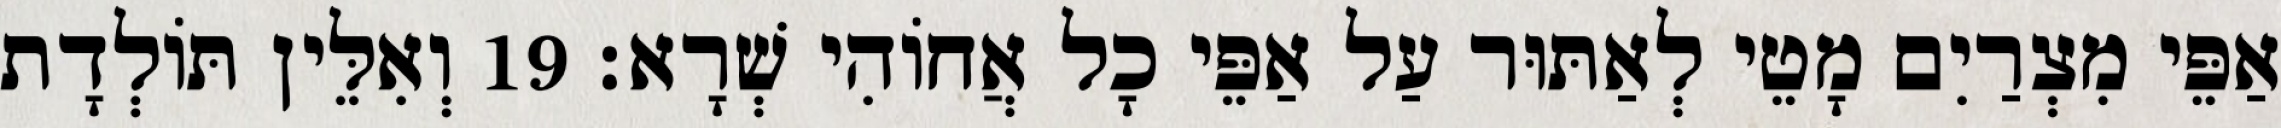
אַפֵּי מִצְרַיִם מָטֵי לְאַתּוּר עַל אַפֵּי כָל אֲחוֹהִי שְׁרָא׃ 19 וְאִלֵּין תּוֹלְדָת